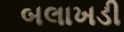
બલાખડી